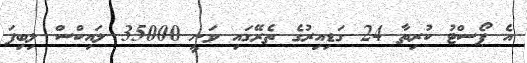
އެ ޕޯސްޓު ކުރިތާ 24 ގަޑިއިރުގެ ތެރޭގައި ވަނީ 35000 ލައިކްސް ލިބިފަ